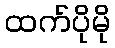
ထက်ပိုမို